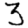
Digit: 3